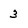
Character: 3